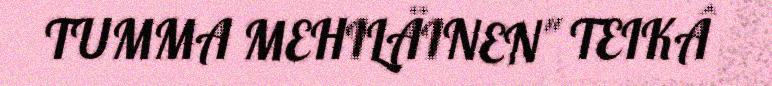
TUMMA MEHILÄINEN" TEIKÂ